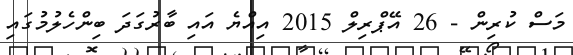
މަސް ކުރިން - 26 އޭޕްރިލް 2015 އިއްޔެ އައި ބާރުގަދަ ބިންހެލުމުގައި